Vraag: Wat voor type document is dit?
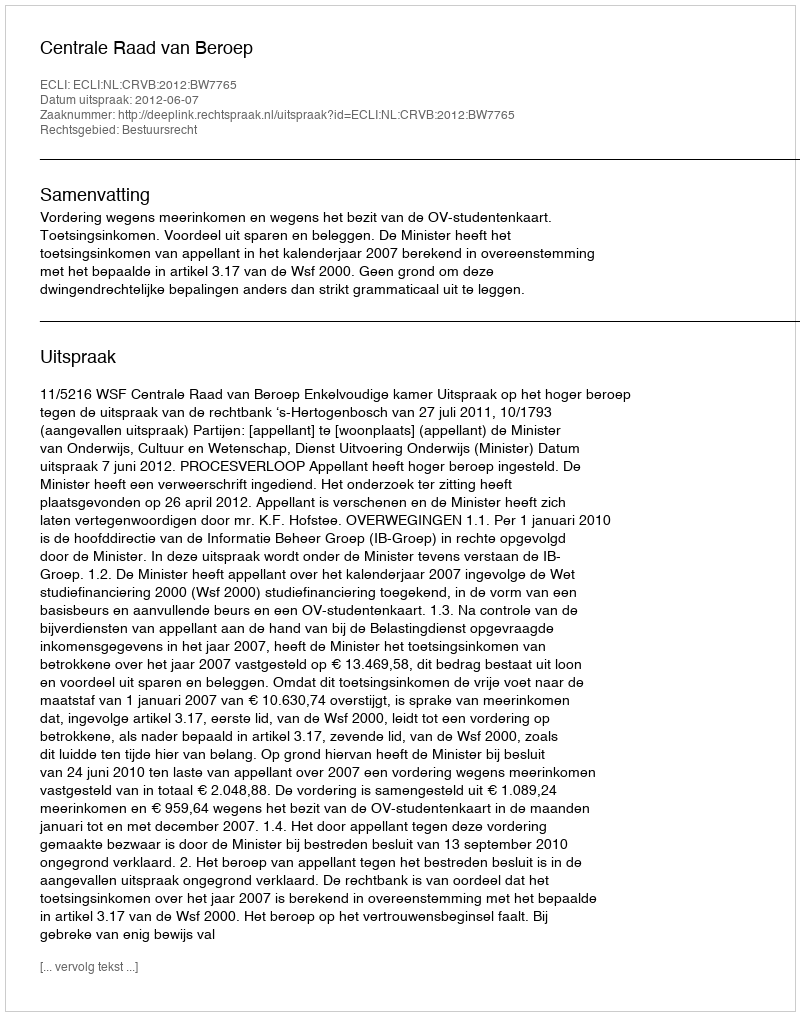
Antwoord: Uitspraak